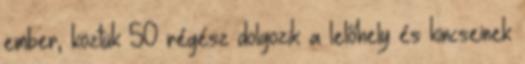
ember, köztük 50 régész dolgozik a lelőhely és kincseinek